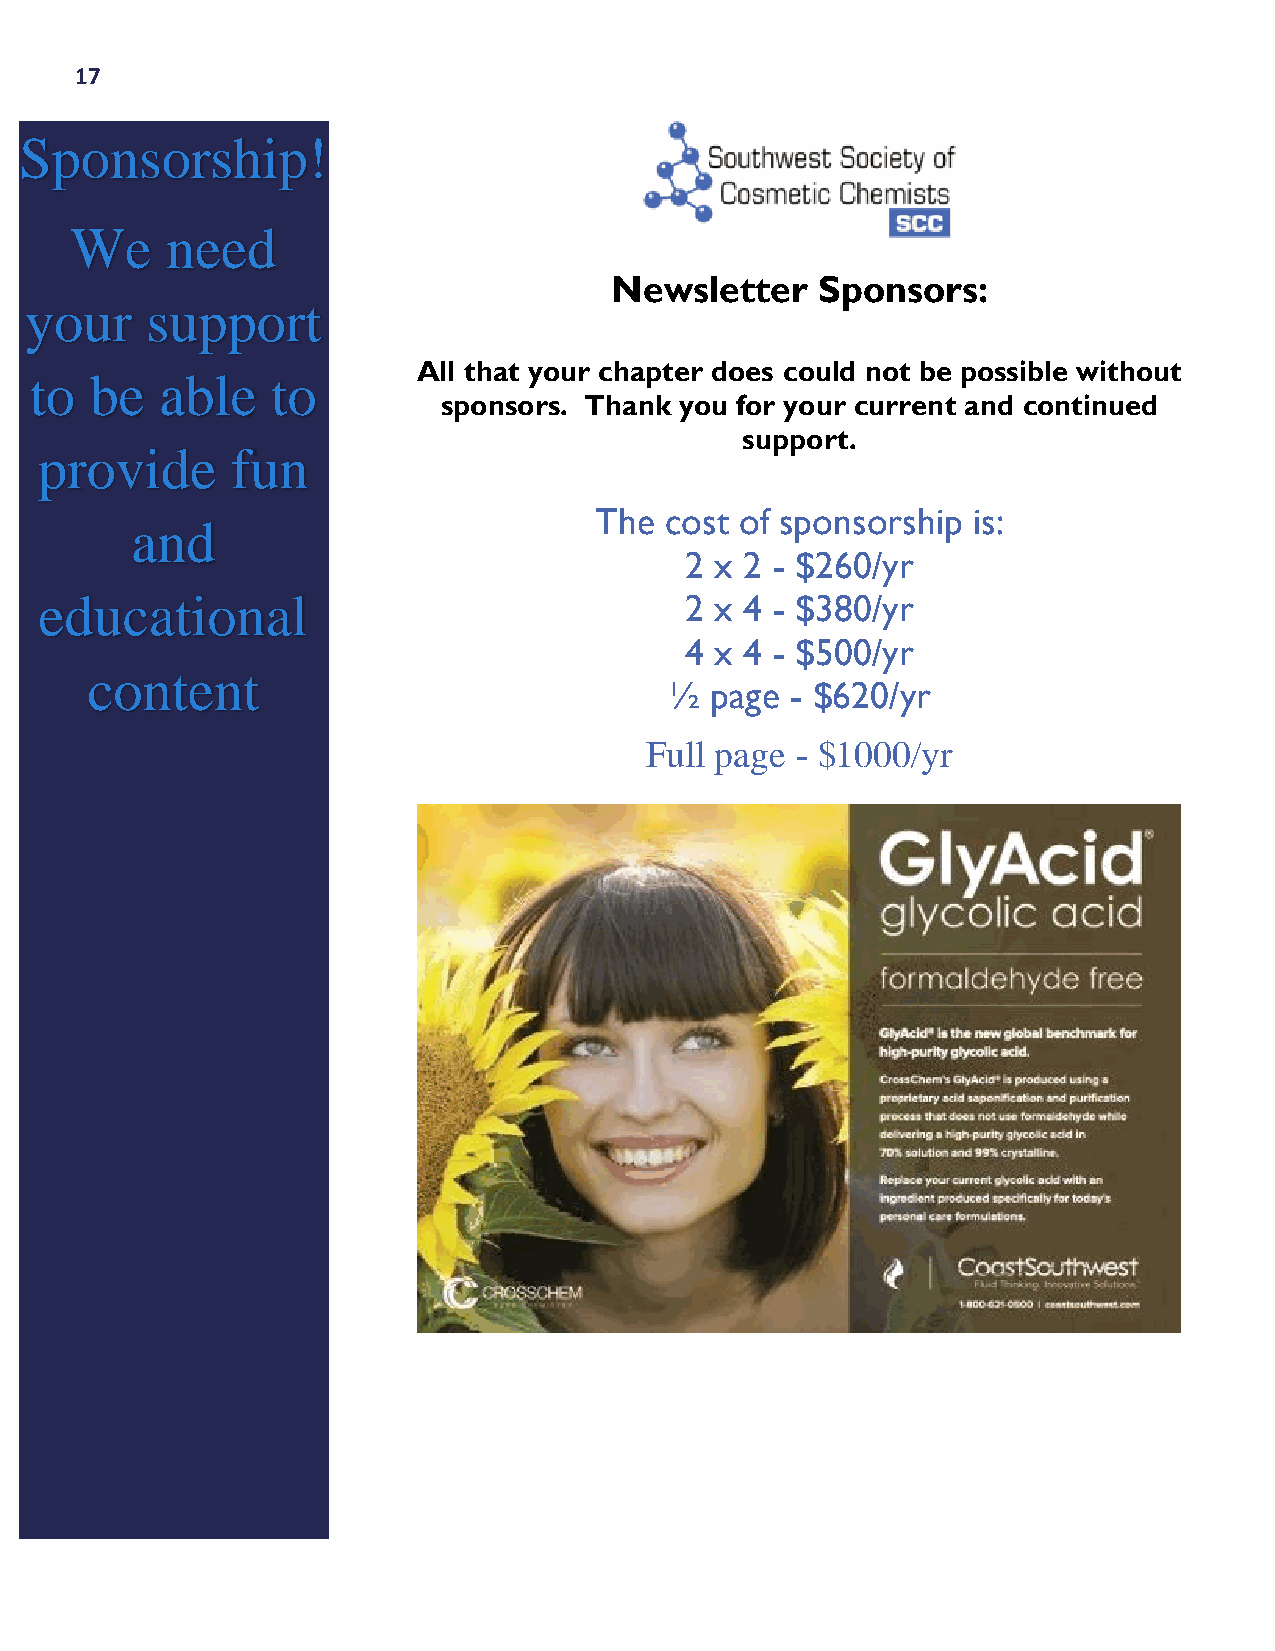
17
 Sponsorship!
 We    need
 Newsletter    Sponsors:
 your    support
 All that your chapter does could not be possible without
 to  be   able   to
 sponsors. Thank you for your current and continued
 support.
 provide     fun
 The  cost of sponsorship is:
 and
 2 x 2 - $260/yr
 educational                               2 x 4 - $380/yr
 4 x 4 - $500/yr
 content
 ½  page - $620/yr
 Full page - $1000/yr